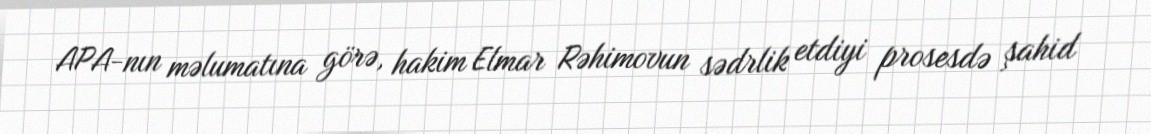
APA-nın məlumatına görə, hakim Elmar Rəhimovun sədrlik etdiyi prosesdə şahid